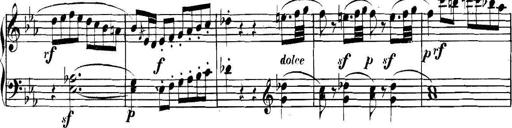
Title: Collected Piano Sonatas
Composer: Muzio Clementi